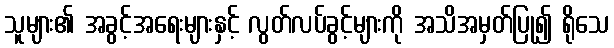
သူများ၏ အခွင့်အရေးများနှင့် လွတ်လပ်ခွင့်များကို အသိအမှတ်ပြု၍ ရိုသေ